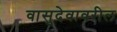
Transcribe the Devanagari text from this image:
वासुदेवावरील